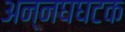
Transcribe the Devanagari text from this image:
अन्नघघटक